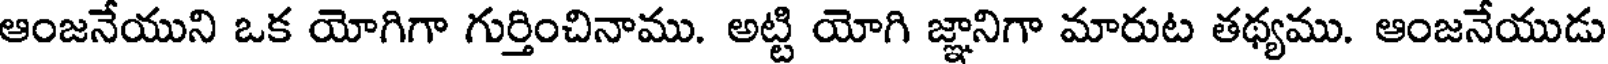
ఆంజనేయుని ఒక యోగిగా గుర్తించినాము. అట్టి యోగి జ్ఞానిగా మారుట తథ్యము. ఆంజనేయుడు